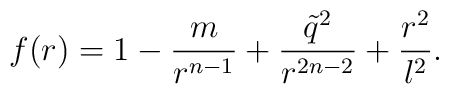
f(r)= 1-\frac{m}{r^{n-1}} +\frac{\tilde q^2}{r^{2n-2}} +\frac{r^2}{l^2}.